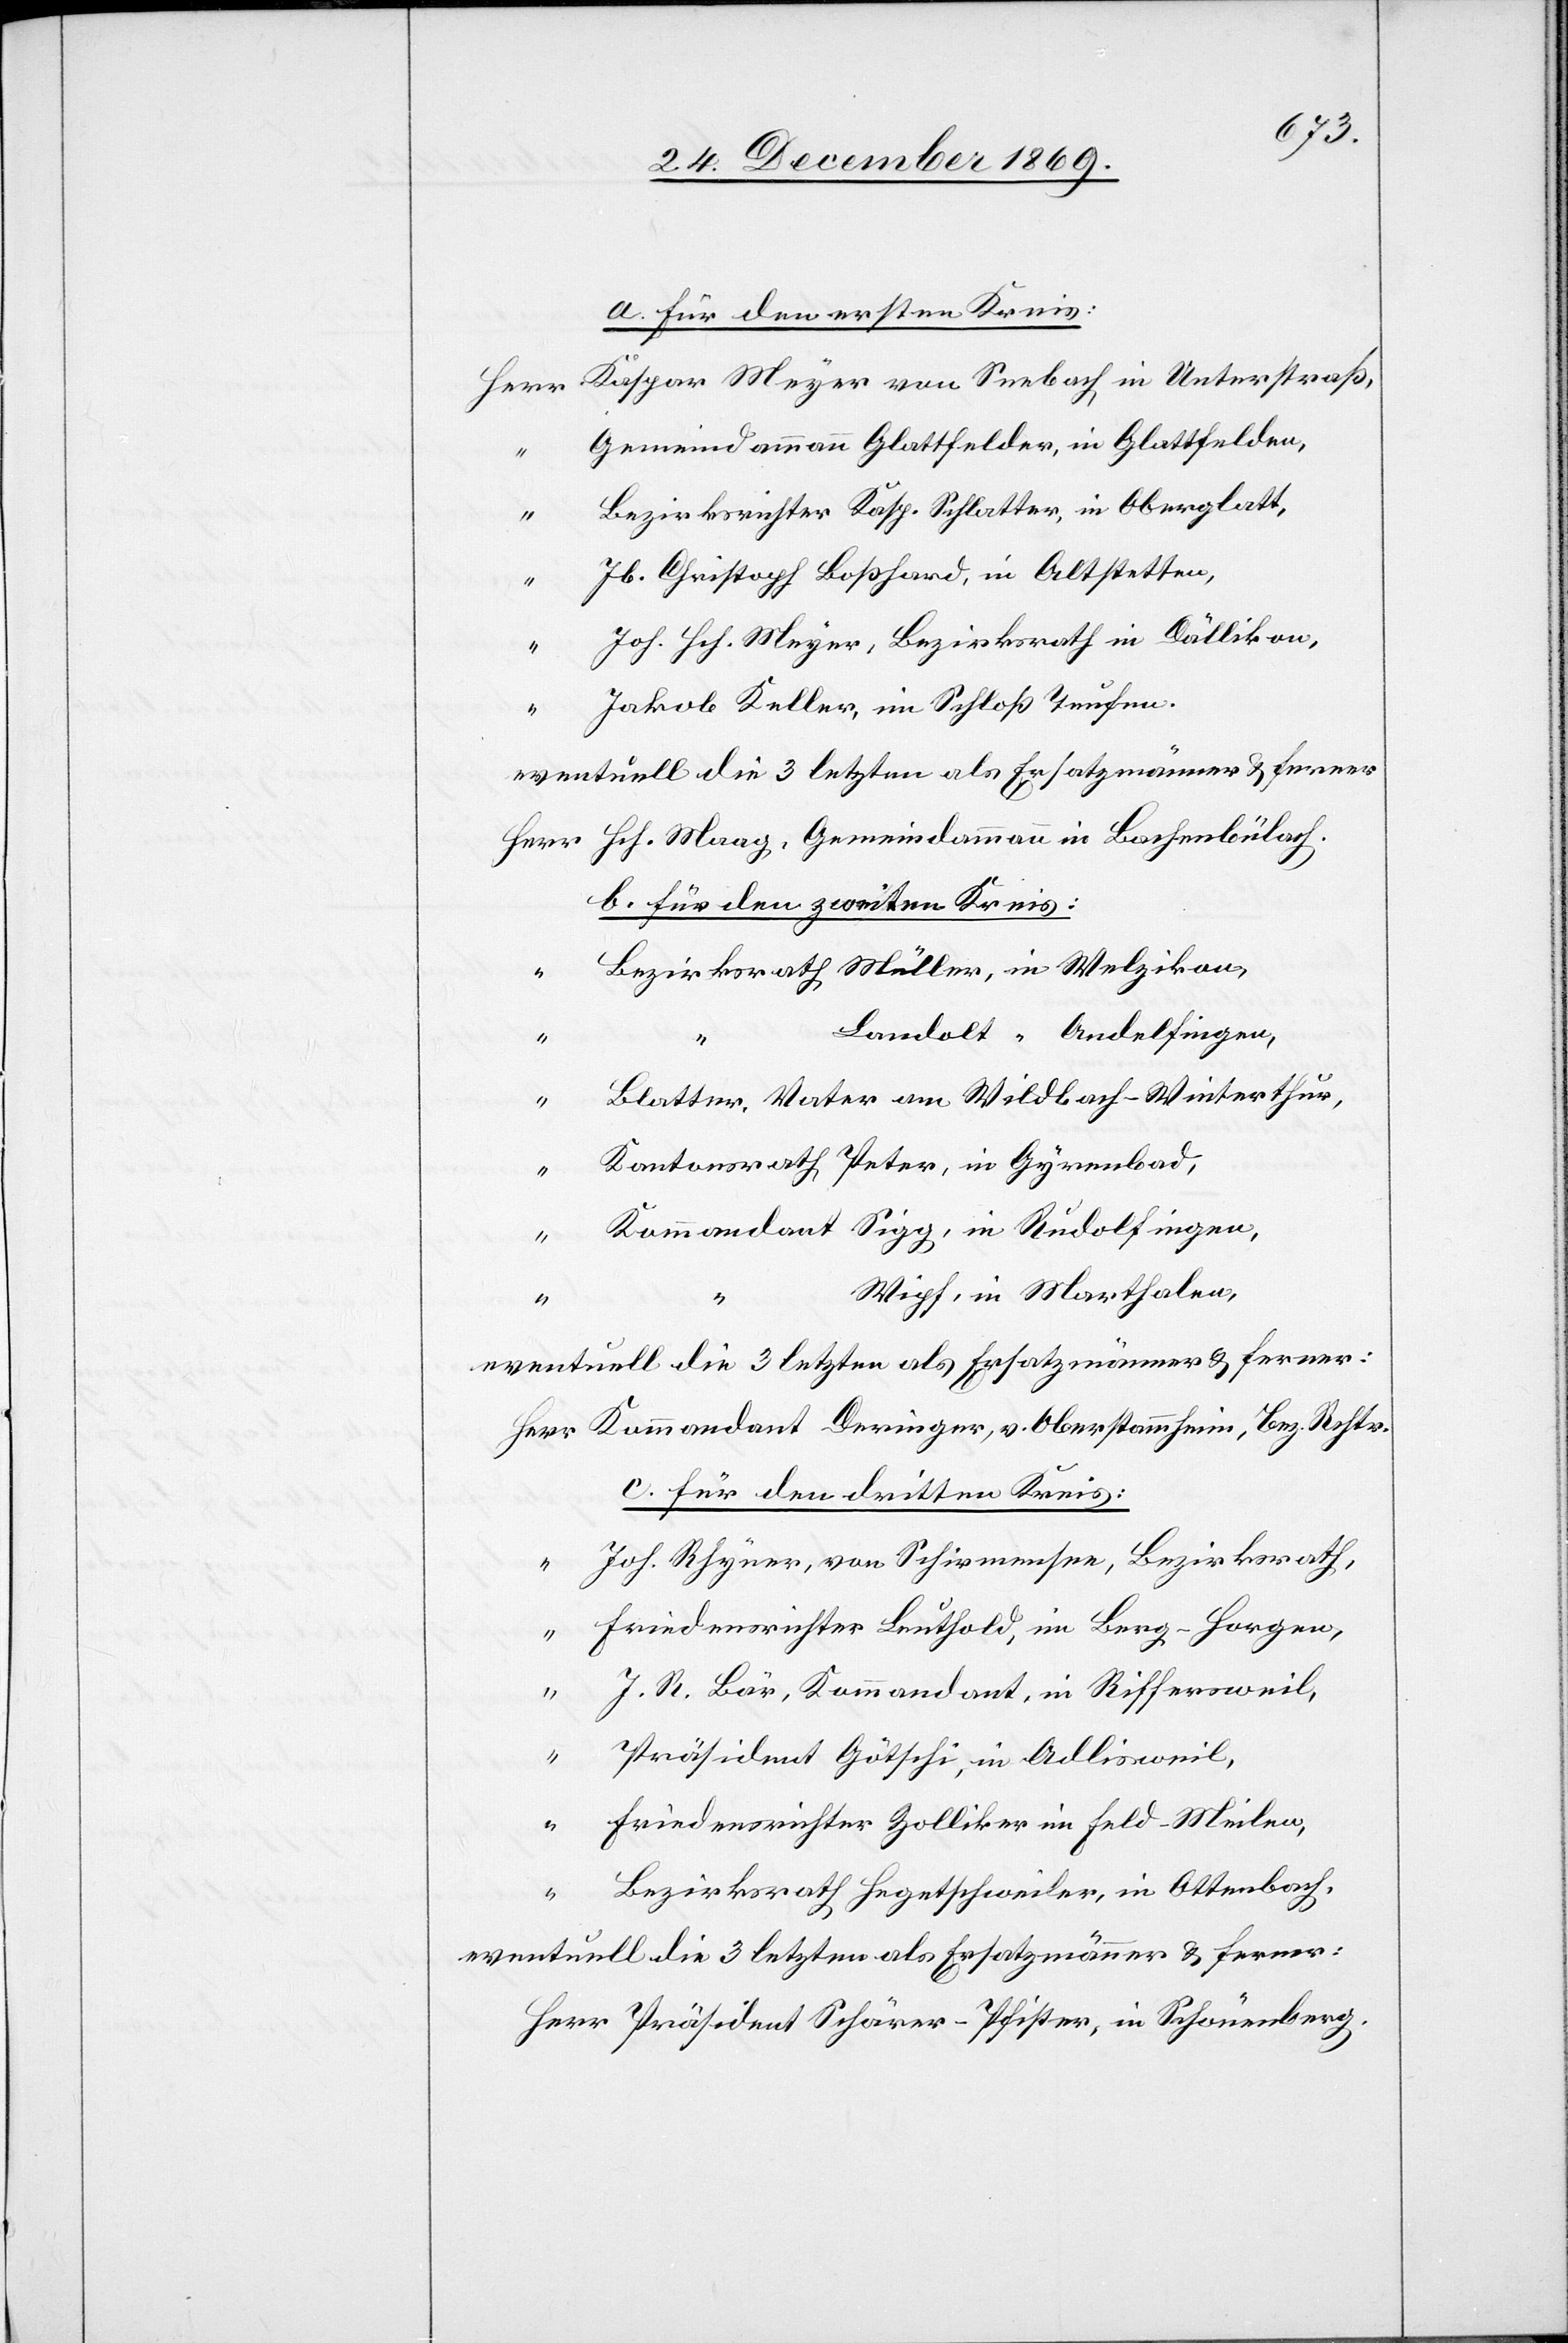
a. für den ersten Kreis:
Herr Kaspar Meyer von Seebach in Unterstraß,
Gemeindammann Glattfelder, in Glattfelden,
Bezirksrichter Kasp. Schlatter, in Oberglatt,
“
Jb. Christoph Boßhard, in Altstetten,
Joh. Hch. Meyer, Bezirksrath in Dällikon,
“
Jakob Keller, im Schloß Teufen.
eventuell die 3 letzten als Ersatzmänner & ferner
Herr Hch. Maag, Gemeindammann in Bachenbülach.
b. für den zweiten Kreis:
Bezirksrath Müller, in Welzikon,
“
Landolt “ Andelfingen,
“
Blatter, Vater am Wildbach - Winterthur,
Kantonsrath Peter, in Gyrenbad,
“
Kommandant Sigg, in Rudolfingen,
“
Wipf, in Marthalen,
eventuell die 3 letzten als Ersatzmänner & ferner:
Herr Kommandant Deringer, v. Oberstammheim, Bez. Rchtr.
c. für den dritten Kreis:
Joh. Rhyner, von Schirmensee, Bezirksrath,
“ Friedensrichter Leuthold, im Berg - Horgen,
J. R. Bär, Kommandant, in Riffersweil,
“
Präsident Götschi, in Adlisweil,
Friedensrichter Zolliker im Feld - Meilen,
“
Bezirksrath Hegetschweiler, in Ottenbach,
eventuell die 3 letzten als Ersatzmänner & ferner:
Herr Präsident Schärer-Pfister, in Schönenberg.